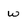
Character: W